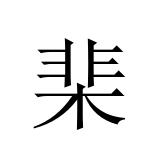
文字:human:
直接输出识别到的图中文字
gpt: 棐